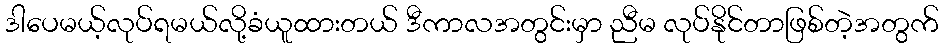
ဒါပေမယ့်လုပ်ရမယ်လို့ခံယူထားတယ် ဒီကာလအတွင်းမှာ ညီမ လုပ်နိုင်တာဖြစ်တဲ့အတွက်